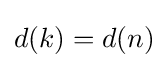
d(k)=d(n)